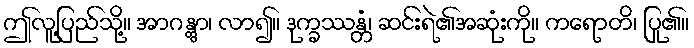
ဤလူ့ပြည်သို့။ အာဂန္တွာ၊ လာ၍။ ဒုက္ခဿန္တံ၊ ဆင်းရဲ၏အဆုံးကို။ ကရောတိ၊ ပြု၏။